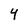
Character: Y